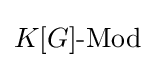
K[G]{\text{-Mod}}